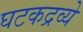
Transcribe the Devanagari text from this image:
घटकद्रव्ये